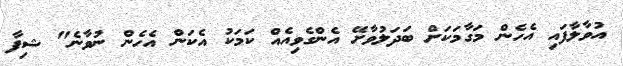
އުވާލާފައި އެހެން މަގާމަަކަށް ބަދަލުވާށޭ އެންގެވިއެއް ކަމަކު އެކަން އެހެން ނުވާނެ" ޝިފާ